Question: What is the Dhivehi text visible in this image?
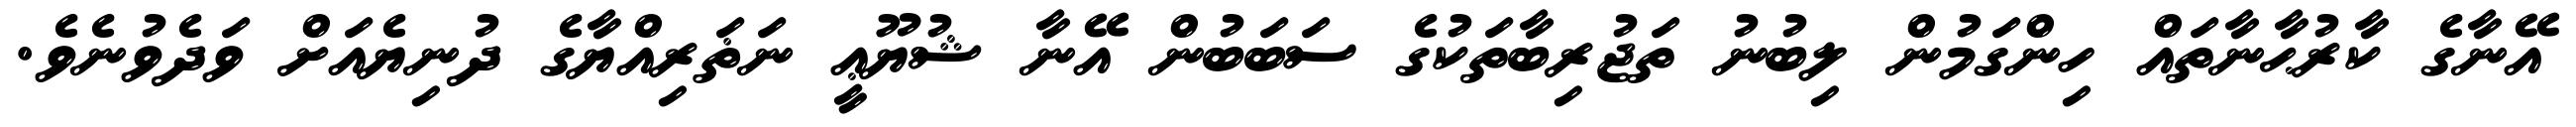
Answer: އޭނާގެ ކާރުޙާނާތައް ހިންގަމުން ލިބުނު ތަޖުރިބާތަކުގެ ސަބަބުން އޭނާ ޝުޔޫޢީ ނަޡަރިއްޔާގެ ދުނިޔެއަށް ވަދެވުނެވެ.